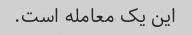
این یک معامله است.